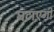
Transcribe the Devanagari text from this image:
घटाएगी